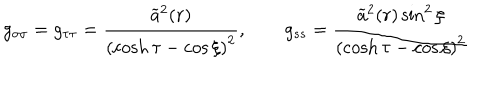
LaTeX: g _ { \sigma \sigma } = g _ { \tau \tau } = \frac { \widetilde { a } ^ { 2 } ( r ) } { \left( \cosh \tau - \cos \xi \right) ^ { 2 } } , \qquad g _ { s s } = \frac { \widetilde { a } ^ { 2 } ( r ) \sin ^ { 2 } \xi } { \left( \cosh \tau - \cos \xi \right) ^ { 2 } }